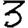
Digit: 3